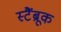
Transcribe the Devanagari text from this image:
स्टैंब्रूक